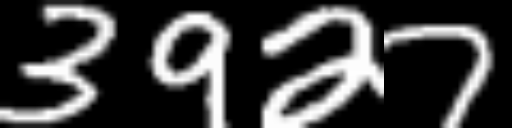
Text: 3927